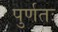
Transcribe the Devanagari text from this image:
पुर्णतः